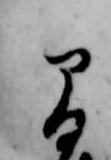
間